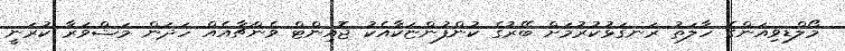
މޯލްޑިވިއަންގެ ހާލަތު ރަނގަޅުކުރުމަށް ބޭރުގެ ކުންފުންޏަކާއެކު ޖޮއިންޓް ވެންޗާއެއް ހަދަން މަޝްވަރާ ކުރަނީ